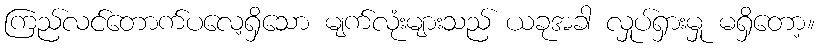
ကြည်လင်တောက်ပလေ့ရှိသော မျက်လုံးများသည် ယခုအခါ လှုပ်ရှားမှု မရှိတော့။